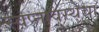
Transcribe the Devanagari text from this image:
स्वप्नावस्थेचा